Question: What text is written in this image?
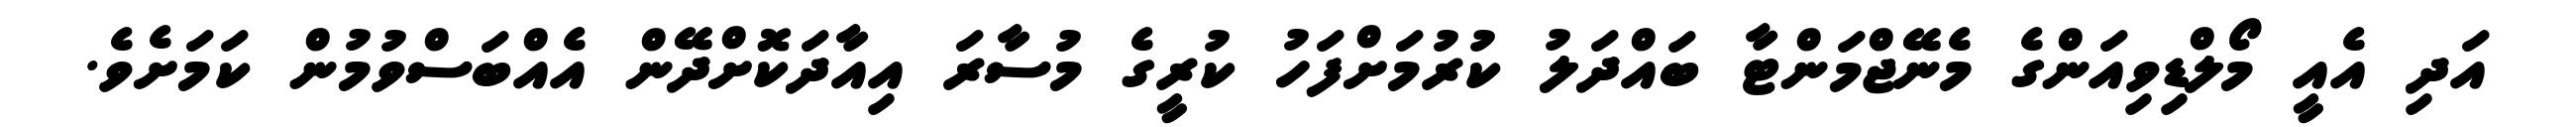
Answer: އަދި އެއީ މޯލްޑިވިއަންގެ މެނޭޖްމަންޓާ ބައްދަލު ކުރުމަށްފަހު ކުރީގެ މުސާރަ އިއާދަކޮށްދޭން އެއްބަސްވުމުން ކަމަށެވެ.